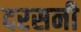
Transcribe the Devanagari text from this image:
दरसनी